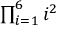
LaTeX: \textstyle \prod _ { i = 1 } ^ { 6 } i ^ { 2 }